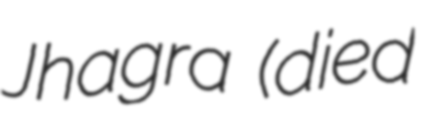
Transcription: Jhagra (died